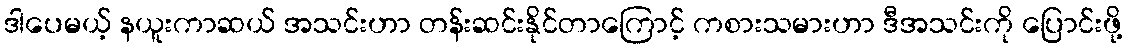
ဒါပေမယ့် နယူးကာဆယ် အသင်းဟာ တန်းဆင်းနိုင်တာကြောင့် ကစားသမားဟာ ဒီအသင်းကို ပြောင်းဖို့